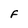
Character: F